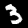
Digit: 3